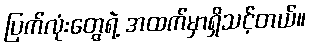
ပြက်လုံးတွေရဲ့ အထက်မှာရှိသင့်တယ်။